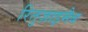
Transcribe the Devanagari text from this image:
रितुज़ाइमैब